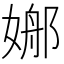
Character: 𡟦